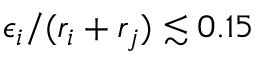
\epsilon _ { i } / ( r _ { i } + r _ { j } ) \lesssim 0 . 1 5